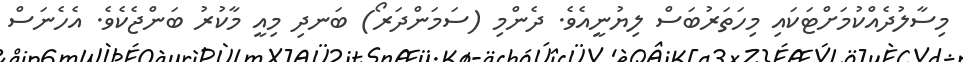
މިސާލުދެއްކުމަށްޓަކައި މިހަތަރުބަސް ލިޔުނީއެވެ. ދެންމި (ސަމަންދަރޯ) ބަނދި މިއީ މާކުރު ބަންޖެކެވެ. އެހެނަސް